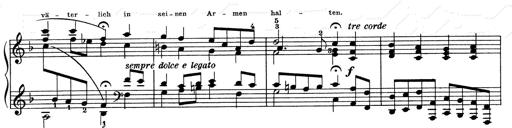
Title: Weinen, Klagen, Sorgen, Zagen
Composer: Franz Liszt